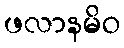
ဖလာနမိဝ